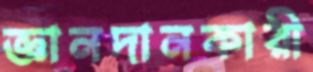
জ্ঞানদানকারী